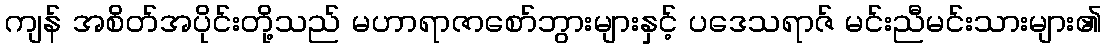
ကျန် အစိတ်အပိုင်းတို့သည် မဟာရာဇာစော်ဘွားများနှင့် ပဒေသရာဇ် မင်းညီမင်းသားများ၏